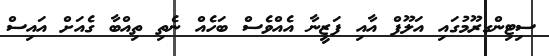
ސިޓިންގރޫމުގައި އަލޫފް އާއި ފަޒީނާ އެއްވެސް ބަހެއް ނެތި ތިއްބާ ގެއަށް އައިސް